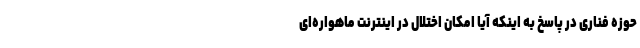
حوزه فناری در پاسخ به اینکه آیا امکان اختلال در اینترنت ماهواره‌ای